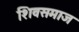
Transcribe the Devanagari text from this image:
शिवसमाज